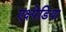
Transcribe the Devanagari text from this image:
एक्ष्पेडिया